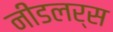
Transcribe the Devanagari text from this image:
नीडलर्स